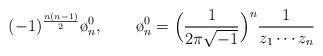
LaTeX: \begin{align*}(-1)^{\frac {n(n-1)}2}\o_{n}^{0},\qquad\o_{n}^{0}=\Big(\frac 1 {2\pi\sqrt{-1}}\Big)^{n}\frac 1 {z_{1}\cdots z_{n}}\end{align*}